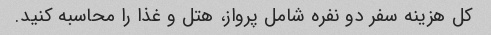
کل هزینه سفر دو نفره شامل پرواز، هتل و غذا را محاسبه کنید.